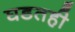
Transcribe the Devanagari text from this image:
घडतही